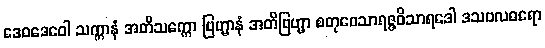
ဒေဝဒေဝေါ သက္ကာနံ အတိသက္ကော ဗြဟ္မာနံ အတိဗြဟ္မာ စတုဝေသာရဇ္ဇဝိသာရဒေါ ဒသဗလဓရော